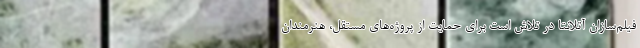
فیلم‌سازان آتلانتا در تلاش است برای حمایت از پروژه‌های مستقل، هنرمندان